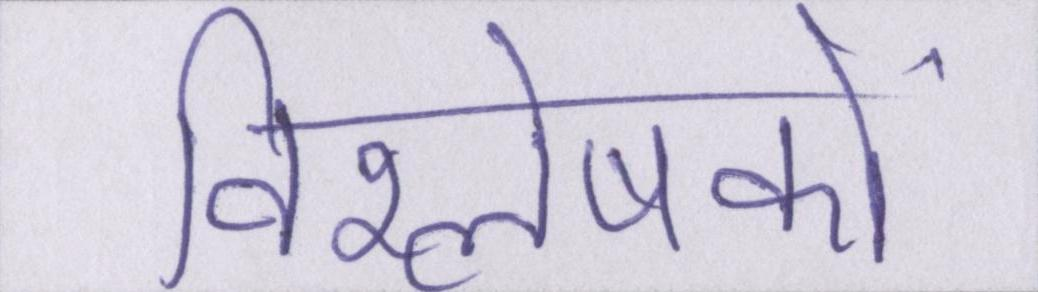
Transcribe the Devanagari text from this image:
विश्लेषकों